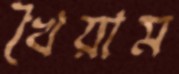
খৈয়াম